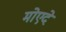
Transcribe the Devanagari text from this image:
मोएदे